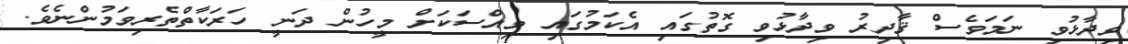
ވިދާޅުވި ނަމަވެސް ޤާދިރު ވިދާޅުވި ގޮތުގައި އެކަމުގައި ވިއްސަކަށް މީހުން ދަނީ ހަރަކާތްތެރިވަމުންނެވެ.